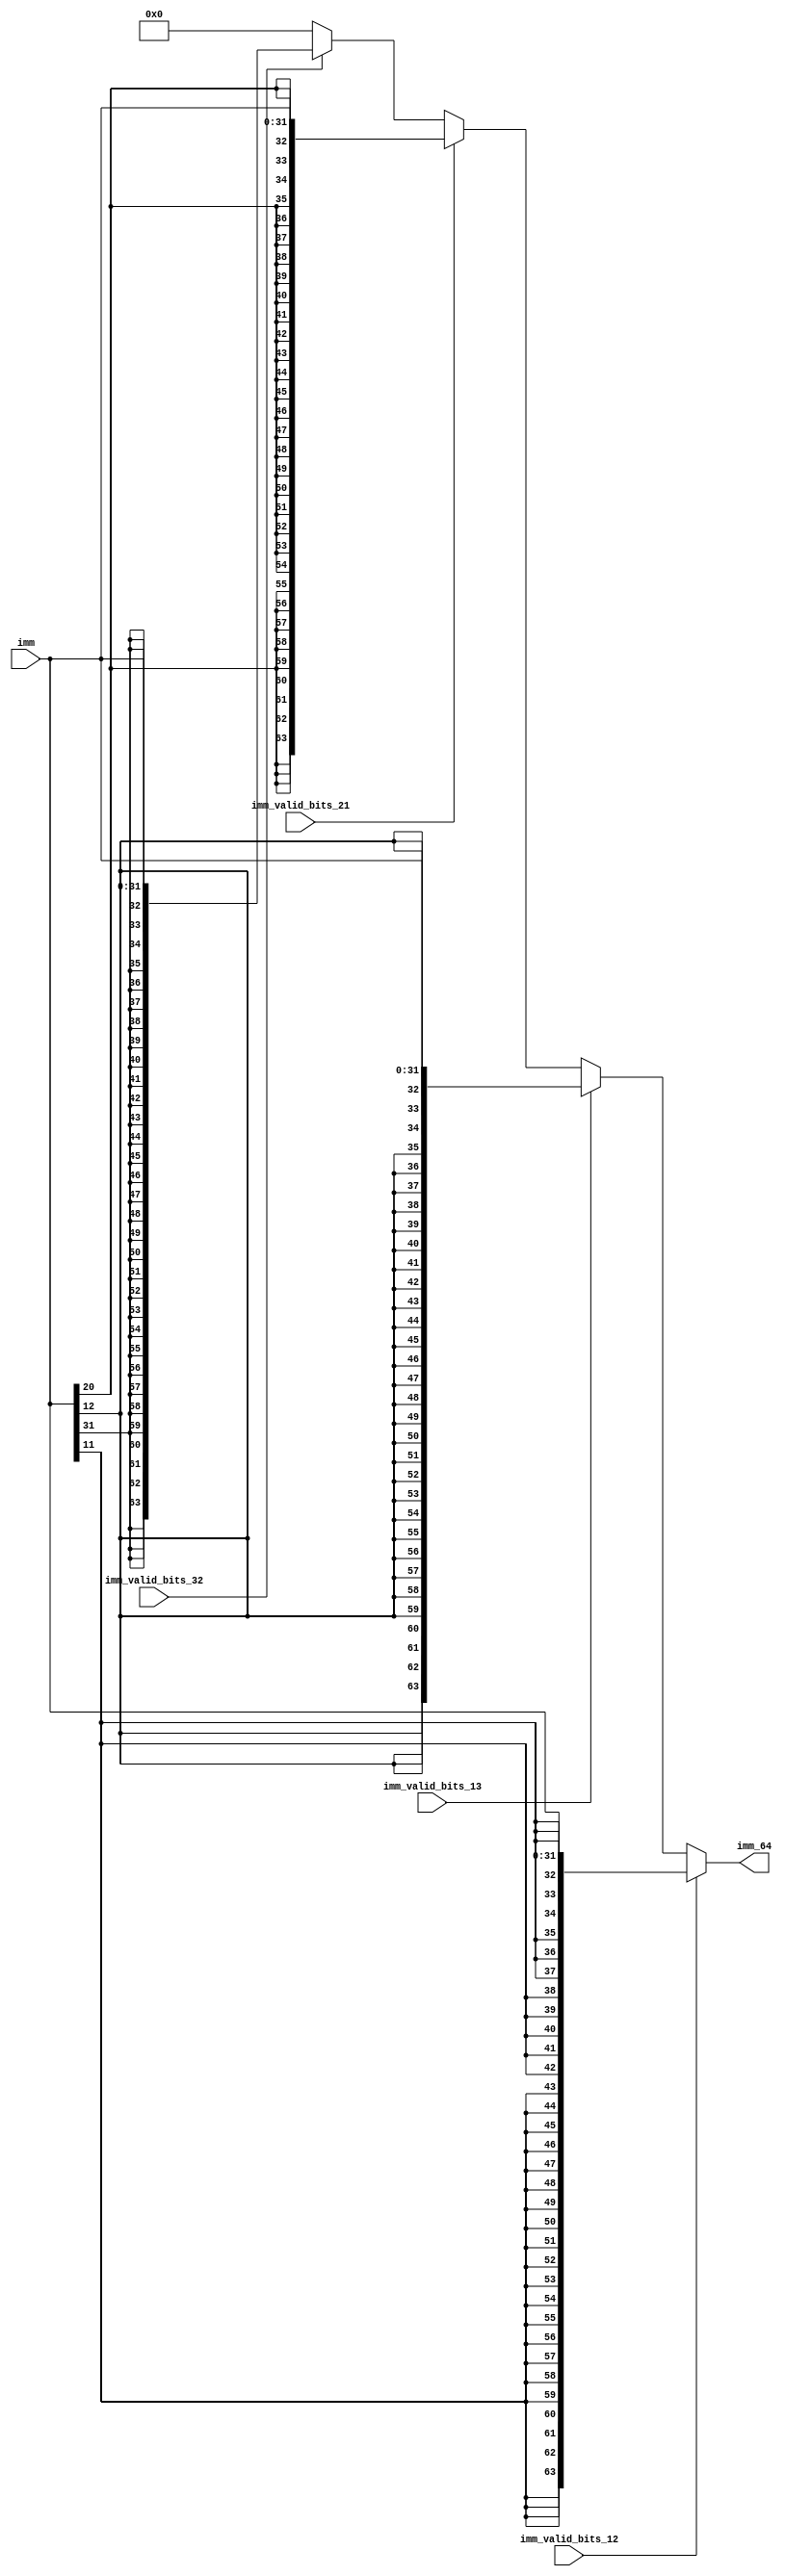
/*
MIT License

Copyright (c) 2024 Elsie Rezinold Y

Permission is hereby granted, free of charge, to any person obtaining a copy
of this software and associated documentation files (the "Software"), to deal
in the Software without restriction, including without limitation the rights
to use, copy, modify, merge, publish, distribute, sublicense, and/or sell
copies of the Software, and to permit persons to whom the Software is
furnished to do so, subject to the following conditions:

The above copyright notice and this permission notice shall be included in all
copies or substantial portions of the Software.

THE SOFTWARE IS PROVIDED "AS IS", WITHOUT WARRANTY OF ANY KIND, EXPRESS OR
IMPLIED, INCLUDING BUT NOT LIMITED TO THE WARRANTIES OF MERCHANTABILITY,
FITNESS FOR A PARTICULAR PURPOSE AND NONINFRINGEMENT. IN NO EVENT SHALL THE
AUTHORS OR COPYRIGHT HOLDERS BE LIABLE FOR ANY CLAIM, DAMAGES OR OTHER
LIABILITY, WHETHER IN AN ACTION OF CONTRACT, TORT OR OTHERWISE, ARISING FROM,
OUT OF OR IN CONNECTION WITH THE SOFTWARE OR THE USE OR OTHER DEALINGS IN THE
SOFTWARE.
*/
module sign_extend (
    imm_valid_bits_12,
    imm_valid_bits_13,
    imm_valid_bits_21,
    imm_valid_bits_32,
    imm,
    imm_64
);


input imm_valid_bits_12;
input imm_valid_bits_13;
input imm_valid_bits_21;
input imm_valid_bits_32;

input [31:0] imm;
output reg [63:0] imm_64;



always@(*) begin
    imm_64 = 64'd0;
    if(imm_valid_bits_12)
        imm_64 = {{52{imm[11]}},imm};
    else if(imm_valid_bits_13)
        imm_64 = {{51{imm[12]}},imm};
    else if(imm_valid_bits_21)
        imm_64 = {{43{imm[20]}},imm};
    else if(imm_valid_bits_32)
        imm_64 = {{32{imm[31]}},imm};
    else
        imm_64 = 64'd0;
end


endmodule